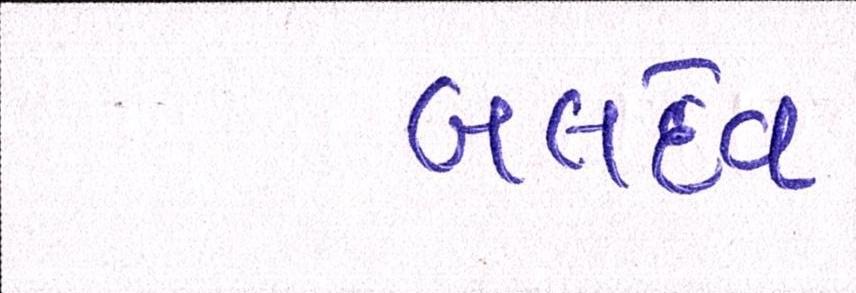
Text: બલદેવ